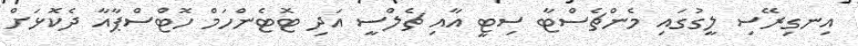
އިނގިރޭސި ލީގުގައި މެންޗެސްޓާ ސިޓީ އާއި ޗެލްސީ އަދި ޓޮޓެންހަމް ހޮޓްސްޕާއާ ދެކޮޅަށް